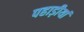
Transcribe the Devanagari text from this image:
पहाड़ीयां